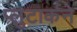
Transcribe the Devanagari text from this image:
प्लुटार्कने